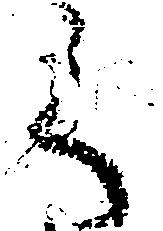
之